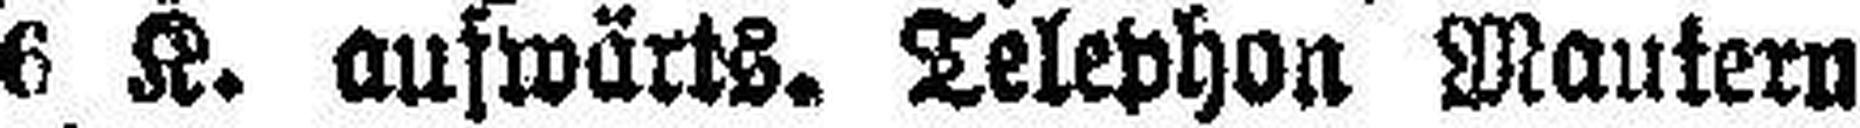
6 K. auswärts. Telephon Mautern